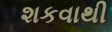
શકવાથી